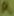
Text: R